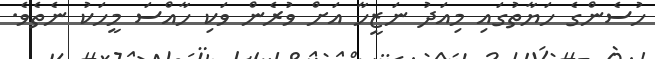
ހުސެންގެ ހަޔާތުގައި މިއަދު ނަޒީހާ އަށް ވުރެން ވަކި ހާއްސަ މީހަކު ނެތެވެ.